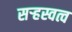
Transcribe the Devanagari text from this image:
सऱ्हस्वत्व